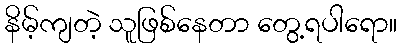
နိမ့်ကျတဲ့ သူဖြစ်နေတာ တွေ့ရပါရော။